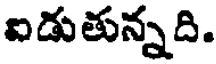
ఐడుతున్నది.